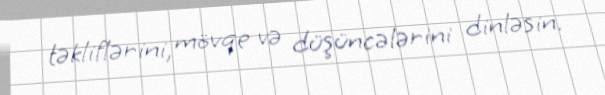
təkliflərini, mövqe və düşüncələrini dinləsin.